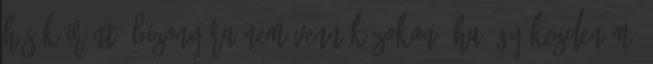
hősök iránt, bizonyára nem vennék zokon, ha úgy kezdeném: